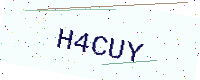
Text: H4CUY